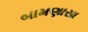
બામણાસા